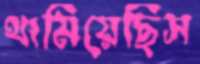
থামিয়েছিস